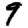
Digit: 9